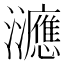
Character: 㶝